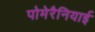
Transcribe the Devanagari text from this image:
पोमेरैनियाई